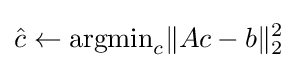
{\hat {c}}\gets {\text{argmin}}_{c}\|Ac-b\|_{2}^{2}